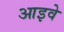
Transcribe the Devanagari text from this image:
आइवे